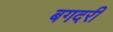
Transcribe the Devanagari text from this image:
बगदरी